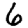
Digit: 6